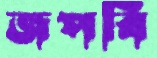
জপবি